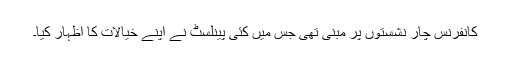
کانفرنس چار نشستوں پر مبنی تھی جس میں کئی پینلسٹ نے اپنے خیالات کا اظہار کیا۔